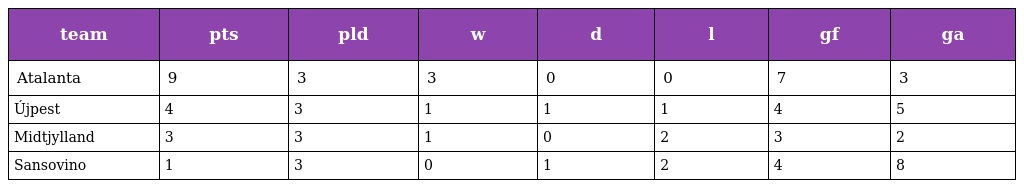
| team | pts | pld | w | d | l | gf | ga |
 | --- | --- | --- | --- | --- | --- | --- | --- |
 | Atalanta | 9 | 3 | 3 | 0 | 0 | 7 | 3 |
 | Újpest | 4 | 3 | 1 | 1 | 1 | 4 | 5 |
 | Midtjylland | 3 | 3 | 1 | 0 | 2 | 3 | 2 |
 | Sansovino | 1 | 3 | 0 | 1 | 2 | 4 | 8 |